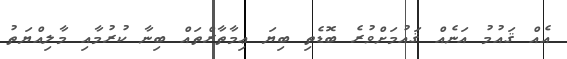
އެއް ޤައުމު އަނެއް ޤައުމަށްވުރެ ބޮޑެތި ބިޔަ ޢިމާތާރްތައް ބިނާ ކުރުމާއި މާލިއްޔަތު